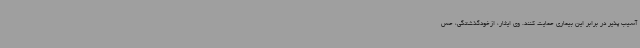
آسیب پذیر در برابر این بیماری حمایت کنند. وی ایثار، ازخودگذشتگی، حس